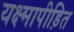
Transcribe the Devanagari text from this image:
यक्ष्मापीड़ित